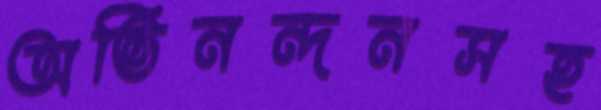
অভিনন্দনসহ